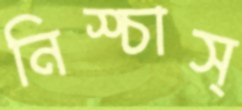
নিস্চাস্